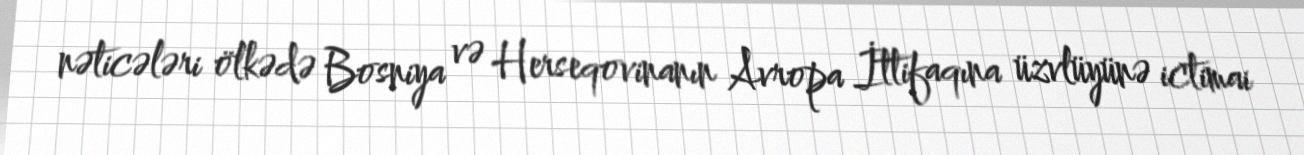
nəticələri ölkədə Bosniya və Herseqovinanın Avropa İttifaqına üzvlüyünə ictimai